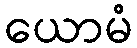
ယောမံ